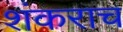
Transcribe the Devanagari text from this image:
शंकराच